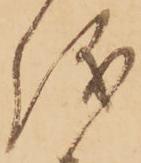
儀